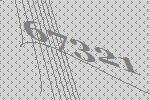
67321